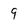
Character: 9